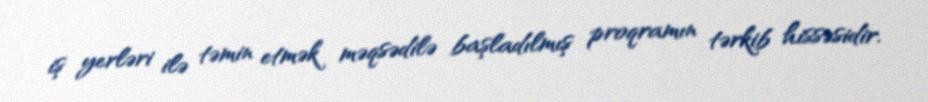
iş yerləri ilə təmin etmək məqsədilə başladılmış proqramın tərkib hissəsidir.